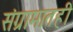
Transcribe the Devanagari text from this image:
संग्रामातही